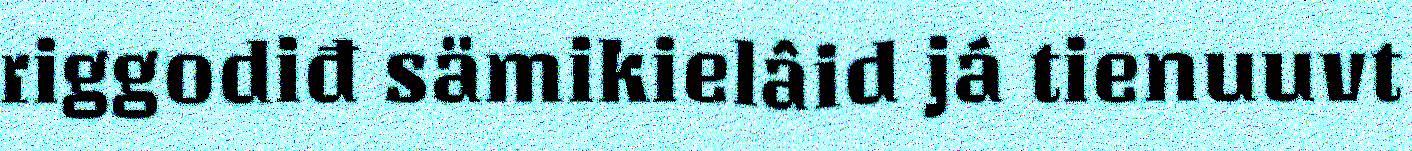
riggodiđ sämikielâid já tienuuvt